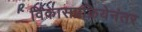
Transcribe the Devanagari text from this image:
विकासप्रक्रियेनंतर